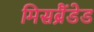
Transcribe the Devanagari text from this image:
मिसब्रैंडेड